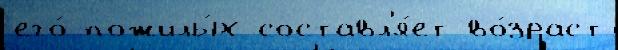
его́ пожилы́х составл'я́ет во́зраст